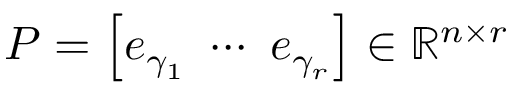
\b { P } = \left[ \b { e } _ { { \gamma } _ { 1 } } \ \cdots \ \b { e } _ { { \gamma } _ { r } } \right] \in \mathbb { R } ^ { n \times r }